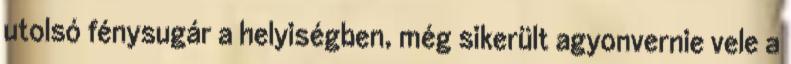
utolsó fénysugár a helyiségben, még sikerült agyonvernie vele a